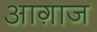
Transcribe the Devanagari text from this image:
आग़ाज